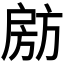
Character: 𭠈